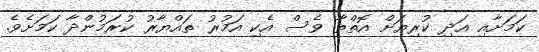
ކަމަށާއި އަދި ކުރިޔަށް އޮތްތާ ވެސް އެކި އަމުރު ތައްޔާރު ކުރަމުންދާ ކަމަށެވެ.